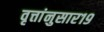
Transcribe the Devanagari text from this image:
वृत्तांनुसार१९